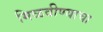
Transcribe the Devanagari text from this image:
मिळवीण्याचा